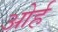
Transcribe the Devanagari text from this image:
ओर्ह